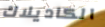
الكاديلاك